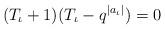
LaTeX: \begin{align*}(T_\iota+1)(T_\iota-q^{|a_\iota|})=0\end{align*}